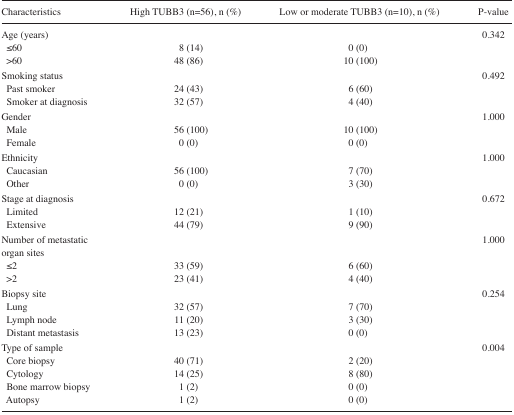
<table><thead><tr><td><b>Characteristics</b></td><td><b>High TUBB3 (n=56), n (%)</b></td><td><b>Low or moderate TUBB3 (n=10), n (%)</b></td><td><b>P-value</b></td></tr></thead><tbody><tr><td>Age (years)</td><td></td><td></td><td>0.342</td></tr><tr><td> ≤60</td><td>8 (14)</td><td>0 (0)</td><td></td></tr><tr><td> &gt;60</td><td>48 (86)</td><td>10 (100)</td><td></td></tr><tr><td>Smoking status</td><td></td><td></td><td>0.492</td></tr><tr><td> Past smoker</td><td>24 (43)</td><td>6 (60)</td><td></td></tr><tr><td> Smoker at diagnosis</td><td>32 (57)</td><td>4 (40)</td><td></td></tr><tr><td>Gender</td><td></td><td></td><td>1.000</td></tr><tr><td> Male</td><td>56 (100)</td><td>10 (100)</td><td></td></tr><tr><td> Female</td><td>0 (0)</td><td>0 (0)</td><td></td></tr><tr><td>Ethnicity</td><td></td><td></td><td>1.000</td></tr><tr><td> Caucasian</td><td>56 (100)</td><td>7 (70)</td><td></td></tr><tr><td> Other</td><td>0 (0)</td><td>3 (30)</td><td></td></tr><tr><td>Stage at diagnosis</td><td></td><td></td><td>0.672</td></tr><tr><td> Limited</td><td>12 (21)</td><td>1 (10)</td><td></td></tr><tr><td> Extensive</td><td>44 (79)</td><td>9 (90)</td><td></td></tr><tr><td>Number of metastatic organ sites</td><td></td><td></td><td>1.000</td></tr><tr><td> ≤2</td><td>33 (59)</td><td>6 (60)</td><td></td></tr><tr><td> &gt;2</td><td>23 (41)</td><td>4 (40)</td><td></td></tr><tr><td>Biopsy site</td><td></td><td></td><td>0.254</td></tr><tr><td> Lung</td><td>32 (57)</td><td>7 (70)</td><td></td></tr><tr><td> Lymph node</td><td>11 (20)</td><td>3 (30)</td><td></td></tr><tr><td> Distant metastasis</td><td>13 (23)</td><td>0 (0)</td><td></td></tr><tr><td>Type of sample</td><td></td><td></td><td>0.004</td></tr><tr><td> Core biopsy</td><td>40 (71)</td><td>2 (20)</td><td></td></tr><tr><td> Cytology</td><td>14 (25)</td><td>8 (80)</td><td></td></tr><tr><td> Bone marrow biopsy</td><td>1 (2)</td><td>0 (0)</td><td></td></tr><tr><td> Autopsy</td><td>1 (2)</td><td>0 (0)</td><td></td></tr></tbody></table>